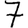
Digit: 7